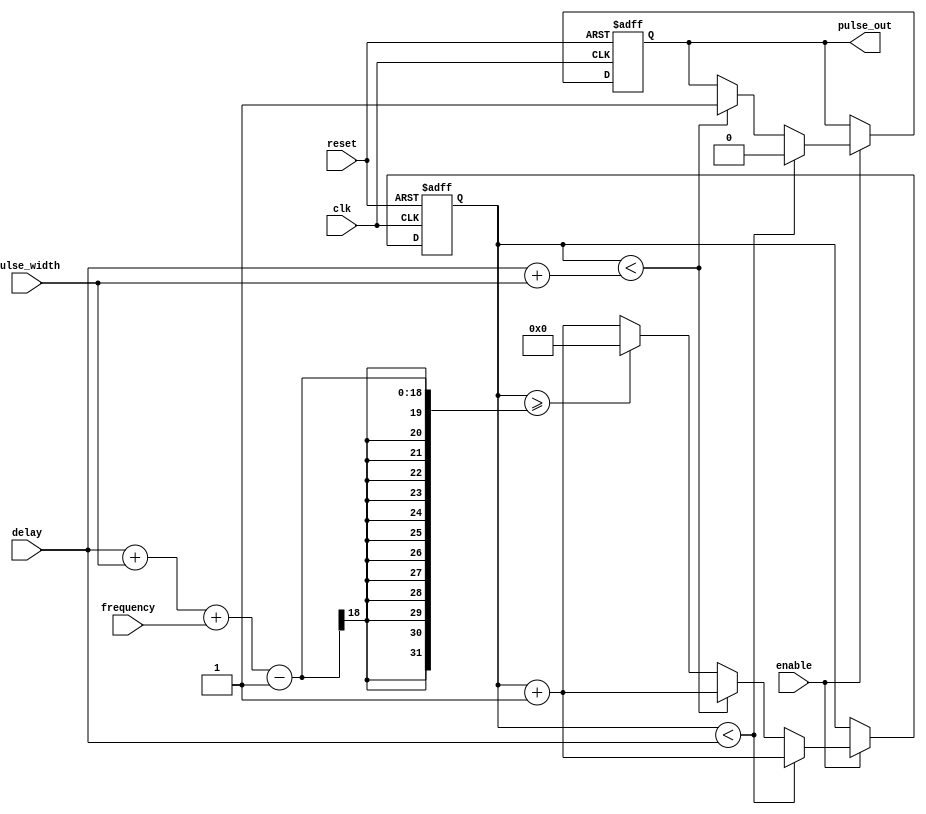
module Programmable_Pulse_Generator (
    input wire clk, // System clock signal
    input wire reset, // Reset signal
    input wire enable, // Enable signal
    input wire [7:0] pulse_width, // Programmable pulse width
    input wire [15:0] frequency, // Programmable frequency
    input wire [15:0] delay, // Programmable delay
    output reg pulse_out // Generated pulse signal
);

reg [15:0] counter;

always @(posedge clk or posedge reset) begin
    if (reset) begin
        counter <= 16'b0;
        pulse_out <= 1'b0;
    end else if (enable) begin
        if (counter < delay) begin
            counter <= counter + 1;
            pulse_out <= 1'b0;
        end else if (counter < delay + pulse_width) begin
            pulse_out <= 1'b1;
            counter <= counter + 1;
        end else if (counter >= delay + pulse_width + frequency - 1) begin
            counter <= 16'b0;
        end else begin
            counter <= counter + 1;
        end
    end
end

endmodule